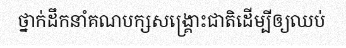
ថ្នាក់ដឹកនាំគណបក្សសង្គ្រោះជាតិដើម្បីឲ្យឈប់